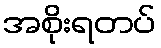
အစိုးရတပ်